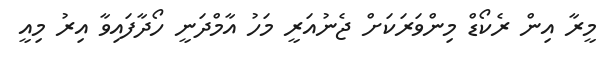
މީރާ އިން ރެކޯޑް މިންވަރަކަށް ޖެނުއަރީ މަހު އާމްދަނީ ހޯދާފައިވާ އިރު މިއީ